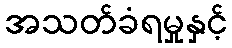
အသတ်ခံရမှုနှင့်